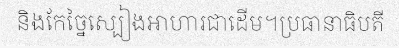
និងកែច្នៃស្បៀងអាហារជាដើម។ប្រធានាធិបតី